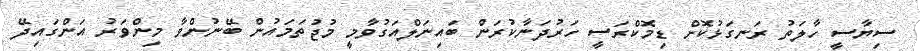
ސިޔާސީ ހާލަތު ރަނގަޅުކޮށް ޑިމޮކްރަސީ ހަރުދަނާކުރަން ބައިނަލްއަގުވާމީ މުޖުތަމައުން ބޭނުންވާ މިންވަރު އަންގައިދޭ